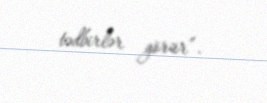
tədbirlər görür”.